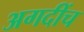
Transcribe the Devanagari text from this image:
अगदींच